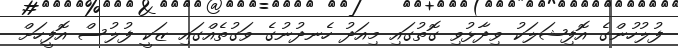
ފުލުހުންގެ އޮފިޝަލަކު ވިދާޅުވި ގޮތުގައި މިއަދު ހެނދުނުގެ ވަގުތެއްގައި ޒަކީ ފުލުސް އޮފީހަށް